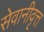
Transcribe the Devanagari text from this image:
सेवानीवृत्त